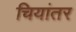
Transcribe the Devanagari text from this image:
चियांतर